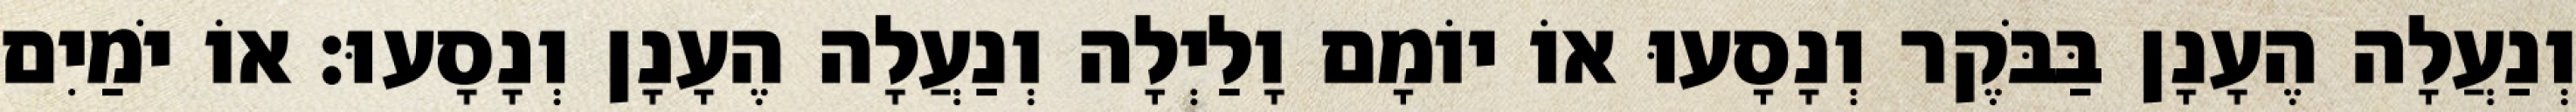
וְנַעֲלָה הֶעָנָן בַּבֹּקֶר וְנָסָעוּ אוֹ יוֹמָם וָלַיְלָה וְנַעֲלָה הֶעָנָן וְנָסָעוּ׃ אוֹ יֹמַיִם